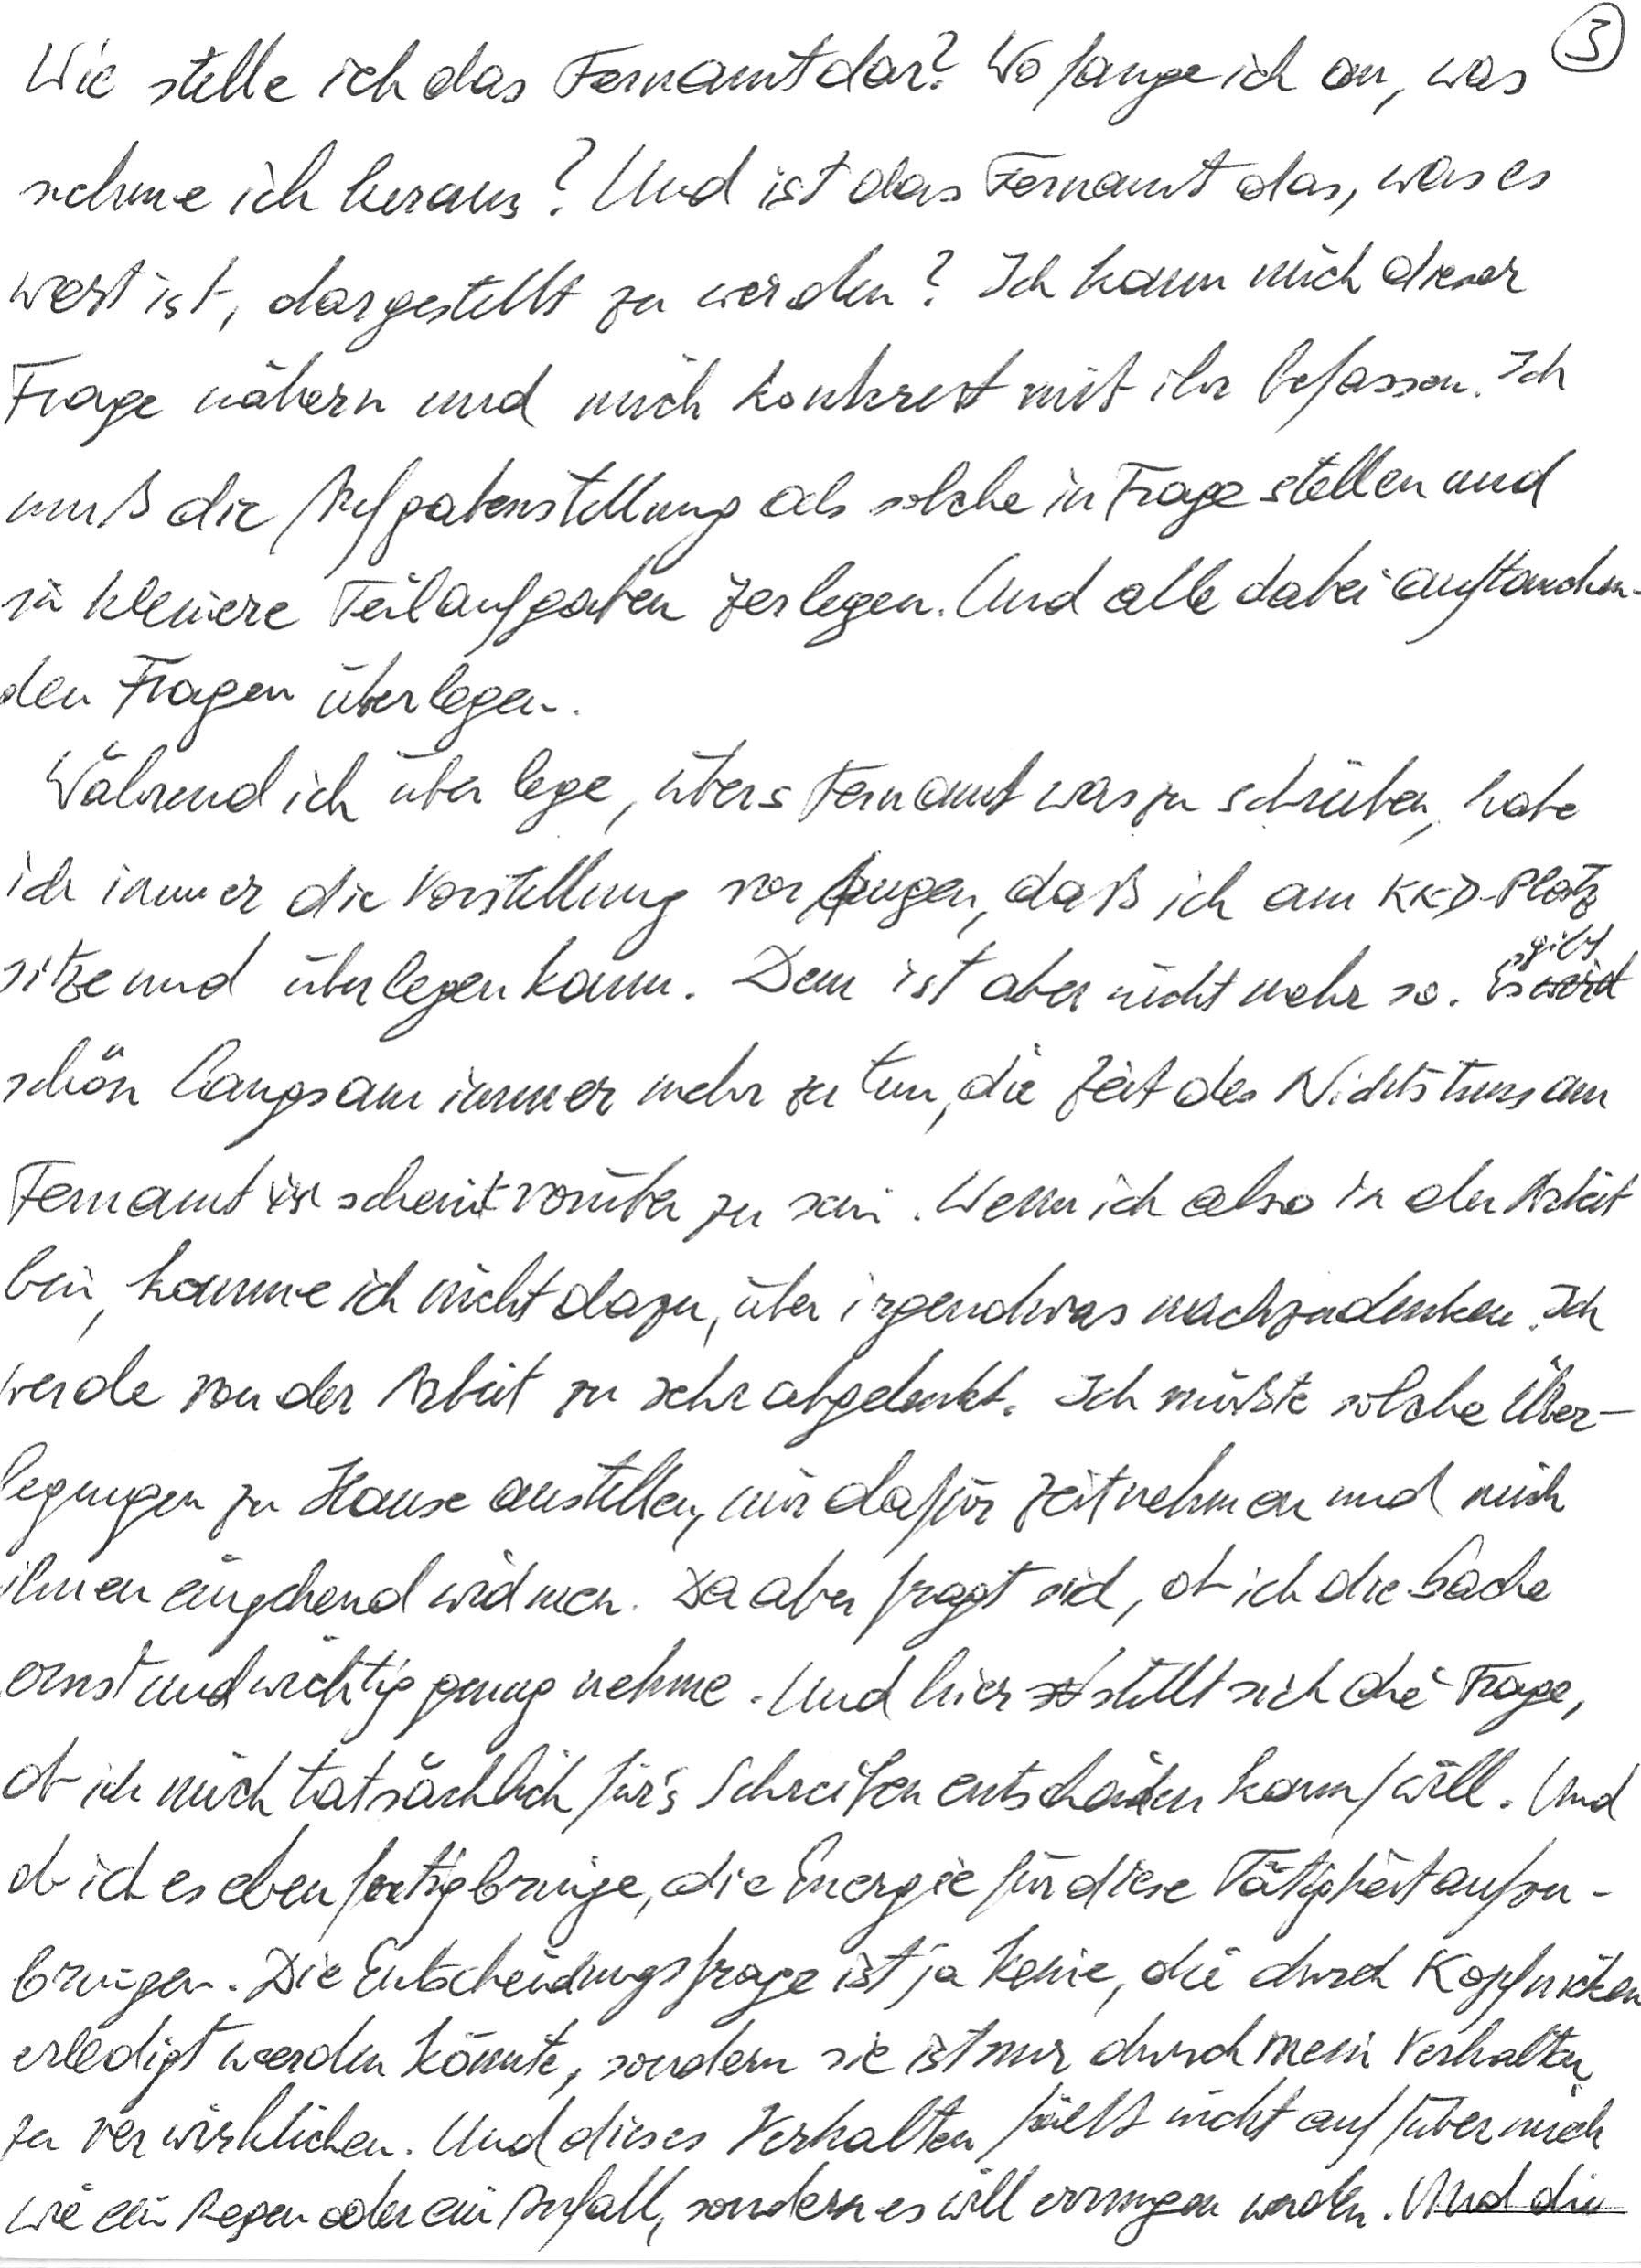
Wie stelle ich das Fernamt dar? Wo fange ich an, was
nehme ich heraus? Und ist das Fernamt das, was es
wert ist, dargestellt zu werden? Ich kann mich dieser
Frage nähern und mich konkret mit ihr befassen. Ich
muß die Aufgabenstellung als solche in Frage stellen und
in kleinere Teilaufgaben zerlegen. Und alle dabei auftauchen-
den Fragen überlegen.
Während ich überlege, übers Fernamt was zu schreiben, habe
ich immer die Vorstellung vor Augen, daß ich am KKD-Platz
sitze und überlegen kann. Dem ist aber nicht mehr so. Es gibt
schön langsam immer mehr zu tun, die Zeit des Nichtstuns am
Fernamt scheint vorüber zu sein. Wenn ich also in der Arbeit
bin, komme ich nicht dazu, über irgendwas nachzudenken. Ich
werde von der Arbeit zu sehr abgelenkt. Ich müßte solche Über-
legungen zu Hause anstellen, mir dafür Zeit nehmen und mich
ihnen eingehend widmen. Da aber fragt sich, ob ich die Sache
ernst und wichtig genug nehme. Und hier stellt sich die Frage,
ob ich mich tatsächlich für’s Schreiben entscheiden kann/will. Und
ob ich es eben fertigbringe, die Energie für diese Tätigkeit aufzu-
bringen. Die Entscheidungsfrage ist ja keine, die durch Kopfnicken
erledigt werden könnte, sondern sie ist nur durch mein Verhalten
zu verwirklichen. Und dieses Verhalten fällt nicht auf/über mich
wie ein Regen oder ein Anfall, sondern es will errungen werden. Und die